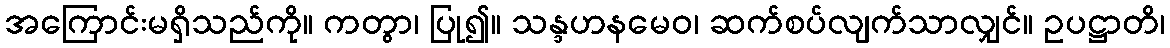
အကြောင်းမရှိသည်ကို။ ကတွာ၊ ပြု၍။ သန္ဒဟနမေဝ၊ ဆက်စပ်လျက်သာလျှင်။ ဥပဋ္ဌာတိ၊